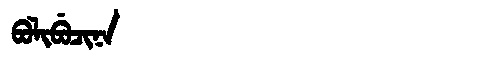
Manchu: ᠪᠣᠯᡳᠪᡠᠴᡳᠨᠠ
Romanization: BOLIBUCINA